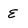
Character: E